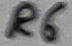
Text: R6